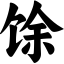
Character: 馀